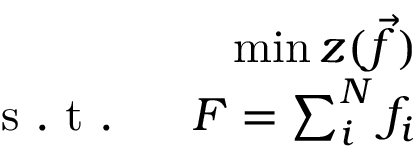
\begin{array} { r } { \operatorname* { m i n } z ( \vec { f } ) } \\ { \mathrm { ~ s ~ . ~ t ~ . ~ } \ \ \ \ F = \sum _ { i } ^ { N } f _ { i } } \end{array}